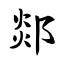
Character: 郯